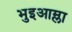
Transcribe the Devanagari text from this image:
भुइआम्ला